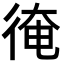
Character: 𢔂